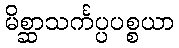
မိစ္ဆာသင်္ကပ္ပပစ္စယာ